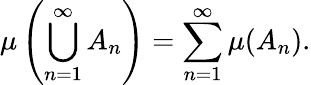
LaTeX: \mu\left(\bigcup_{n=1}^{\infty}A_{n}\right)=\sum_{n=1}^{\infty}\mu(A_{n}).